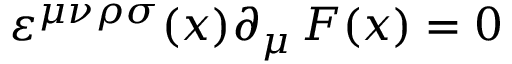
\varepsilon ^ { \mu \nu \rho \sigma } ( x ) \partial _ { \mu } \, F ( x ) = 0